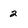
Character: 2